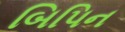
બિપિન